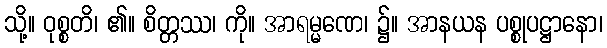
သို့။ ဝုစ္စတိ၊ ၏။ စိတ္တဿ၊ ကို။ အာရမ္မဏေ၊ ၌။ အာနယန ပစ္စုပဋ္ဌာနော၊